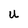
Character: U